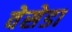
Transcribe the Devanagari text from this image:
वेसेडा